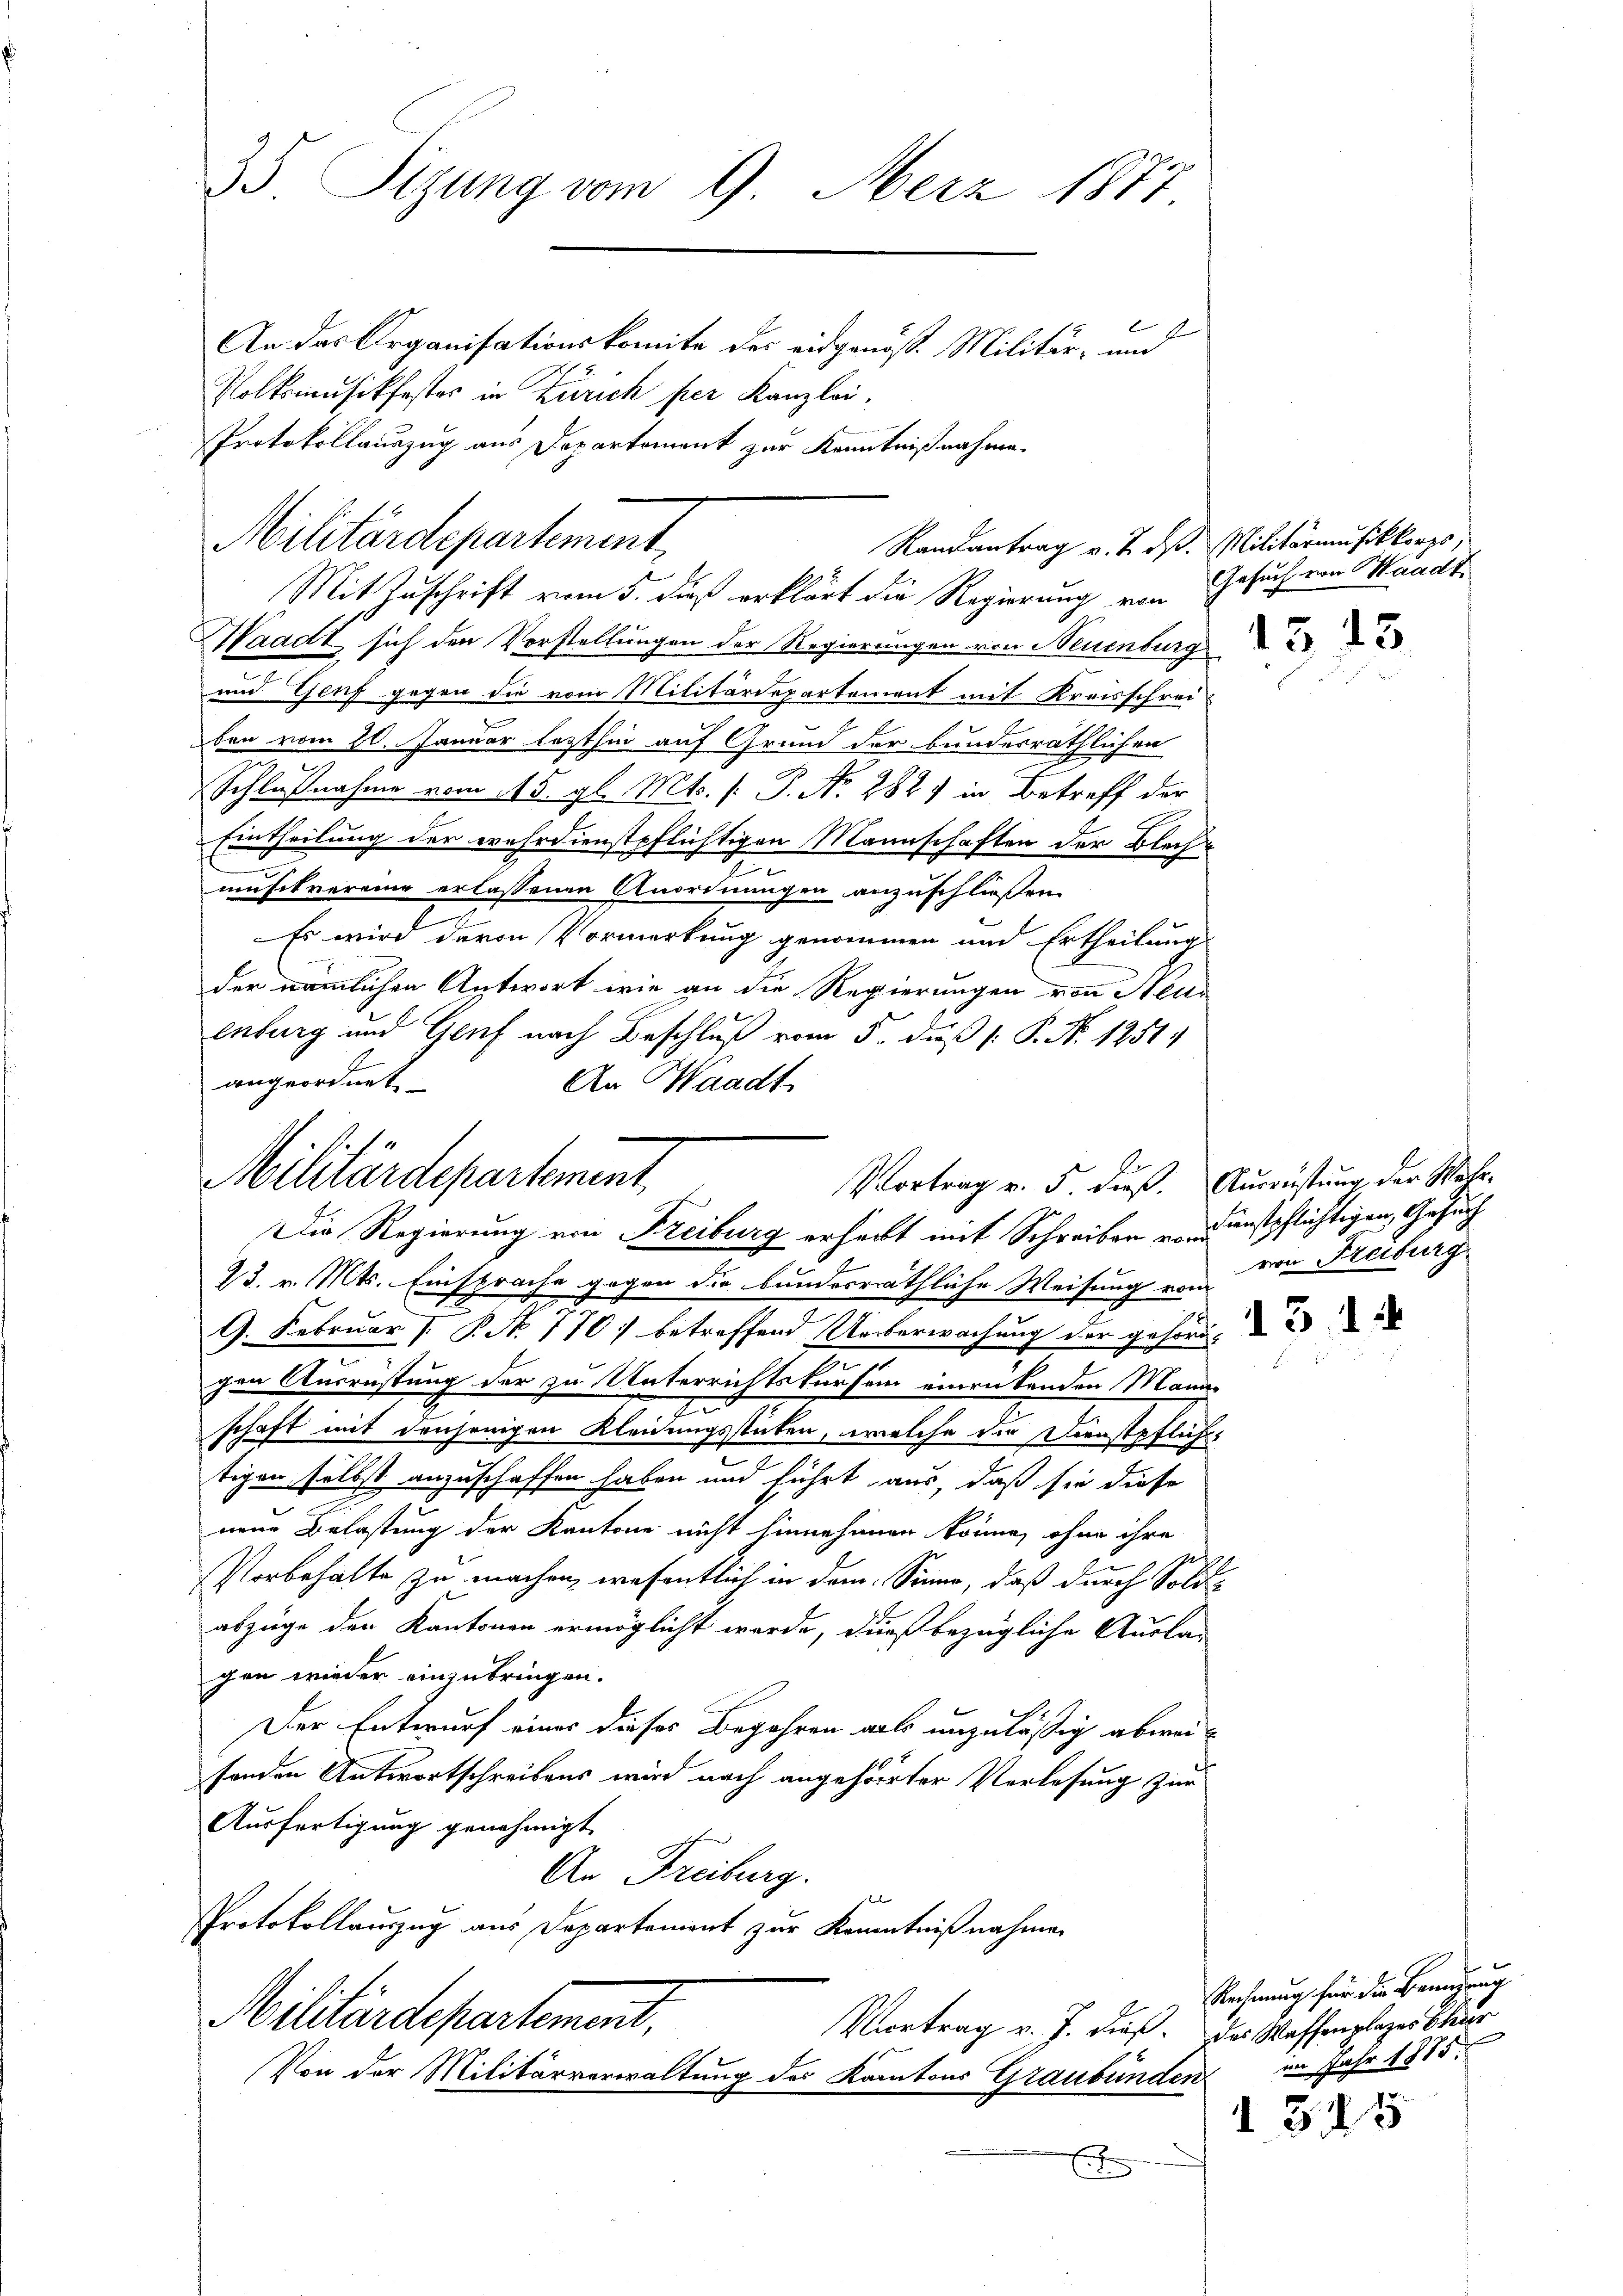
35 Sitzung vom 9. Merz 1877.
2
An das Organisationskomite des eidgenöss. Militär- und
Rolksmusikfostes in Zürich per Kanzlei.

Protokollauszug aus Departement zur Kenntnißnahme.
Militärdepartement
Randantrag v. 7. ds. Militärmusikkorps.
Mit Zuschrift vom 5. dieß erklärt die Regierung von Gesuch von Waadt

Waadt sich den Vorstellungen der Regierungen von Neuenburg
und Genf gegen die vom Militärdepartement mit Kreisschreiben vom 20. Januar lezthin auf Grund der bundesräthlichen
Schlußnahme vom 15. gl. Mts. [: P. N. 282) in Betreff der
Eintheilung der erehrdienstpflichtigen Mannschaften der Blase
musikvereie erlassenen Anordnungen anzuschließen.
7
Es wird deren Vormerkung genommen und Ertheilung
der nämmlichen Antwort wie an die Regierungen von Neus
enburg und Genf nach Beschluß vom 5. dieß P. Nr. 1251.
angeordnet
An Waadt

N. 1
Militärdepartement
Vortrag v. 5. dieß. Ausrüstung der Wahr-
Die Regierung von Freiburg erheit mit Schreiben u. Kunstpflichtigen Gesuch

23. v. Mts. Einsprache gegen die bunderräthliche Weisung vom
G. Februar 1. P. No 770 betreffend Ueberwachung der gehörde
.
gen Ausrüstung der zu Unterrichtskursen einrükenden Mann¬
I
schaft mit denjenigen Kleidungsstuten, welche die Dienstpflich-
tigen selbst anzuschaffen haben und führt aus, daß sie diese
neue Belastung der Kantone nicht hinnehmen könne, ohne ihre
Vorbehalte zu machen, wesentlich in dem Sinne, daß durch Sold-
abzüge der Kantonen ermöglicht werde, dieß bezügliche Auslagen wieder einzubringen.
Der Entwurf eines dieses Begehren als unzuläßig abweisenden Antwortschreibens wird nach angehörter Vorlesung zur
Ausfertigung genehmigt.
An Freiburg.

Protokollauszug aus Departement zur Kenntnißnahmen
Militärdepartement.
Vortrag v. J. dieß. Der Waffenplazer Chur
Von der Militärverwaltung des Kantons Graubünden
x

1313.

von Heiburg

Rechnung für die Bemühung
im Jahr 1875.

I 315